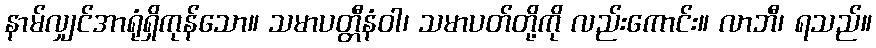
နာမ်လျှင်အာရုံရှိကုန်သော။ သမာပတ္တီနံဝါ၊ သမာပတ်တို့ကို လည်းကောင်း။ လာဘီ၊ ရသည်။